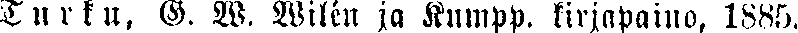
Turku, G. W, Wilén ja Kumpp, kirjapaino, 1885.